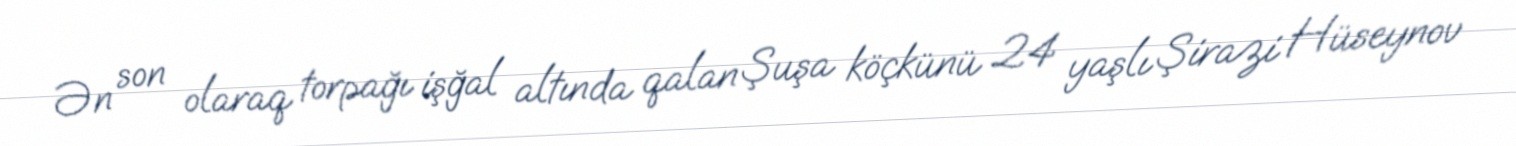
Ən son olaraq torpağı işğal altında qalan Şuşa köçkünü 24 yaşlı Şirazi Hüseynov